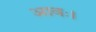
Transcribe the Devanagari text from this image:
आवः।